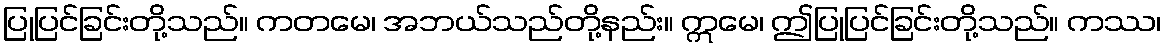
ပြုပြင်ခြင်းတို့သည်။ ကတမေ၊ အဘယ်သည်တို့နည်း။ ဣမေ၊ ဤပြုပြင်ခြင်းတို့သည်။ ကဿ၊